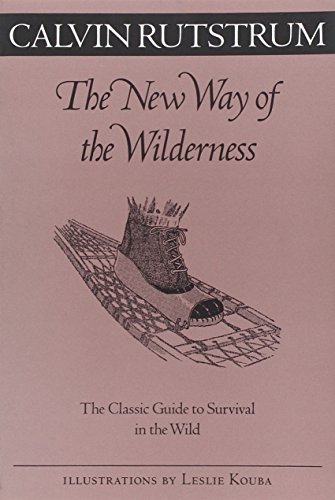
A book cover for New Way Of The Wilderness: The Classic Guide to Survival in the Wild (Fesler-Lampert Minnesota Heritage); Calvin Rutstrum; Sports & Outdoors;